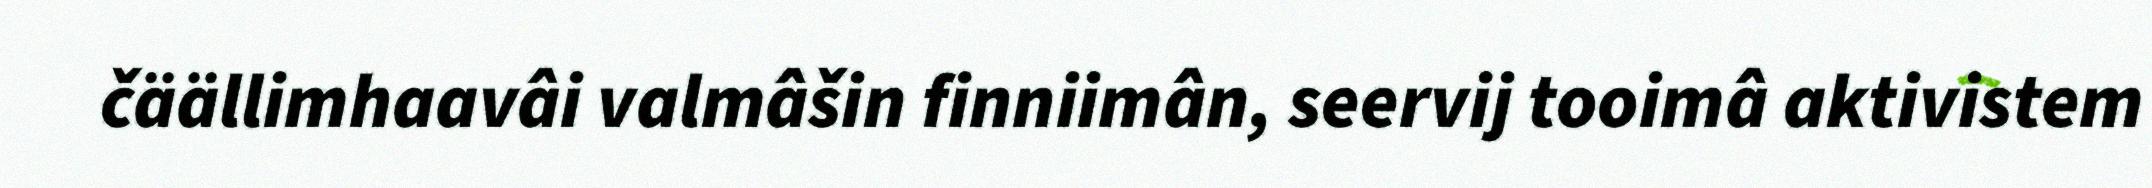
čäällimhaavâi valmâšin finniimân, seervij tooimâ aktivistem